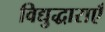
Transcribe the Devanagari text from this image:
विद्युद्धाराएँ